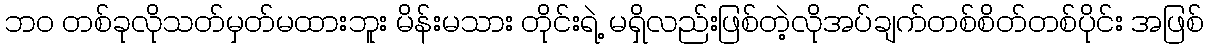
ဘဝ တစ်ခုလိုသတ်မှတ်မထားဘူး မိန်းမသား တိုင်းရဲ့ မရှိလည်းဖြစ်တဲ့လိုအပ်ချက်တစ်စိတ်တစ်ပိုင်း အဖြစ်